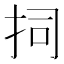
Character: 𭠟